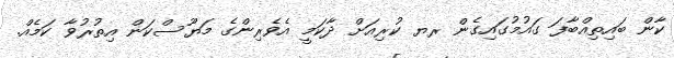
ކާން ބައިތިއްބާފަ ގައުމުގައިގެން ރޔ ކުރިއަށް ދާކަމީ އެވެރިންގެ މަޔޫސްކަން އިތުރުވާ ކަމެއް.